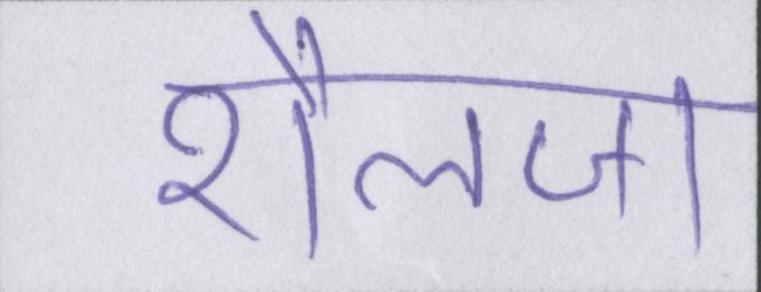
शैलजा